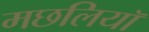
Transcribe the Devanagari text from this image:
मछलियाॅ